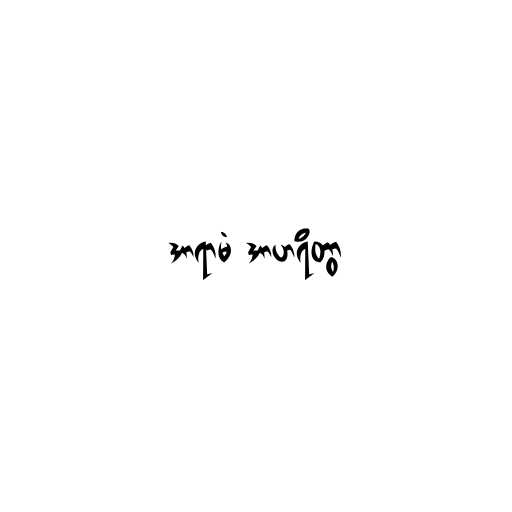
အာရာမံ အာဟရိတွာ